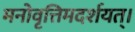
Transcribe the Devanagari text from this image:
मनोवृत्तिमदर्शयत्।